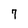
Character: 7